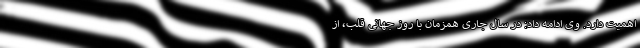
اهمیت دارد. وی ادامه داد: در سال جاری همزمان با روز جهانی قلب، از